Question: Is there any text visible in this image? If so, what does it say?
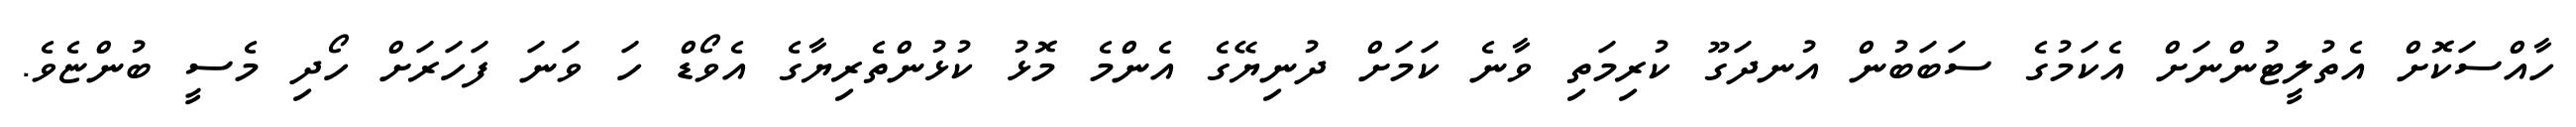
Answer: ހާއްސަކޮށް އެތުލީޓުންނަށް އެކަމުގެ ސަބަބުން އުނދަގޫ ކުރިމަތި ވާނެ ކަމަށް ދުނިޔޭގެ އެންމެ މޮޅު ކުޅުންތެރިޔާގެ އެވޯޑް ހަ ވަނަ ފަހަރަށް ހޯދި މެސީ ބުންޏެވެ.